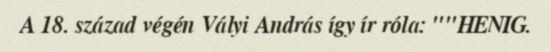
A 18. század végén Vályi András így ír róla: ""HENIG.